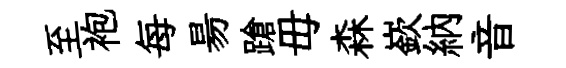
至袍每昜蹌毋森嶔納音